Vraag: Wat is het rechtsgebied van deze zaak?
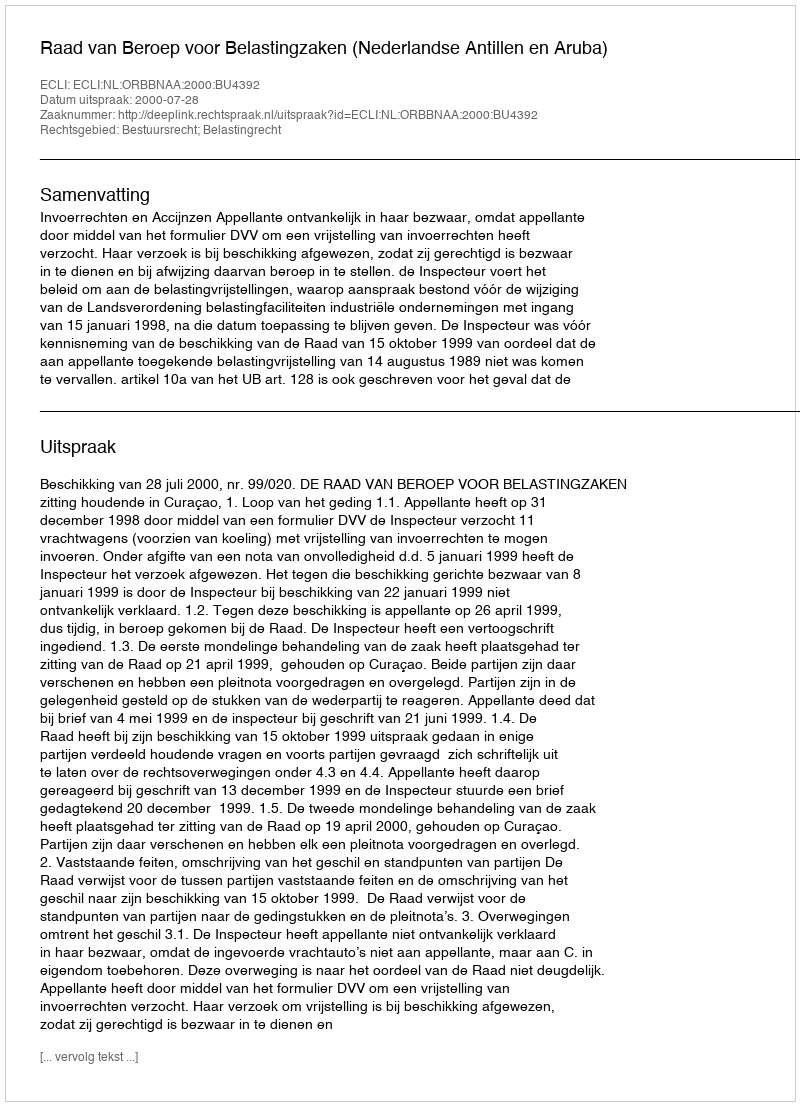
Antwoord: Bestuursrecht; Belastingrecht